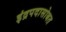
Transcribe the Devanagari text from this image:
इंद्रपदासोबत